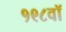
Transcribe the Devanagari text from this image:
१९८वॉ